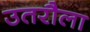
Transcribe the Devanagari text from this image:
उतरौला